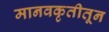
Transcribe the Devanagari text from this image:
मानवकृतीतून